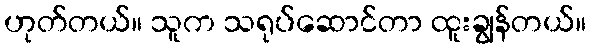
ဟုတ်တယ်။ သူက သရုပ်ဆောင်တာ ထူးချွန်တယ်။